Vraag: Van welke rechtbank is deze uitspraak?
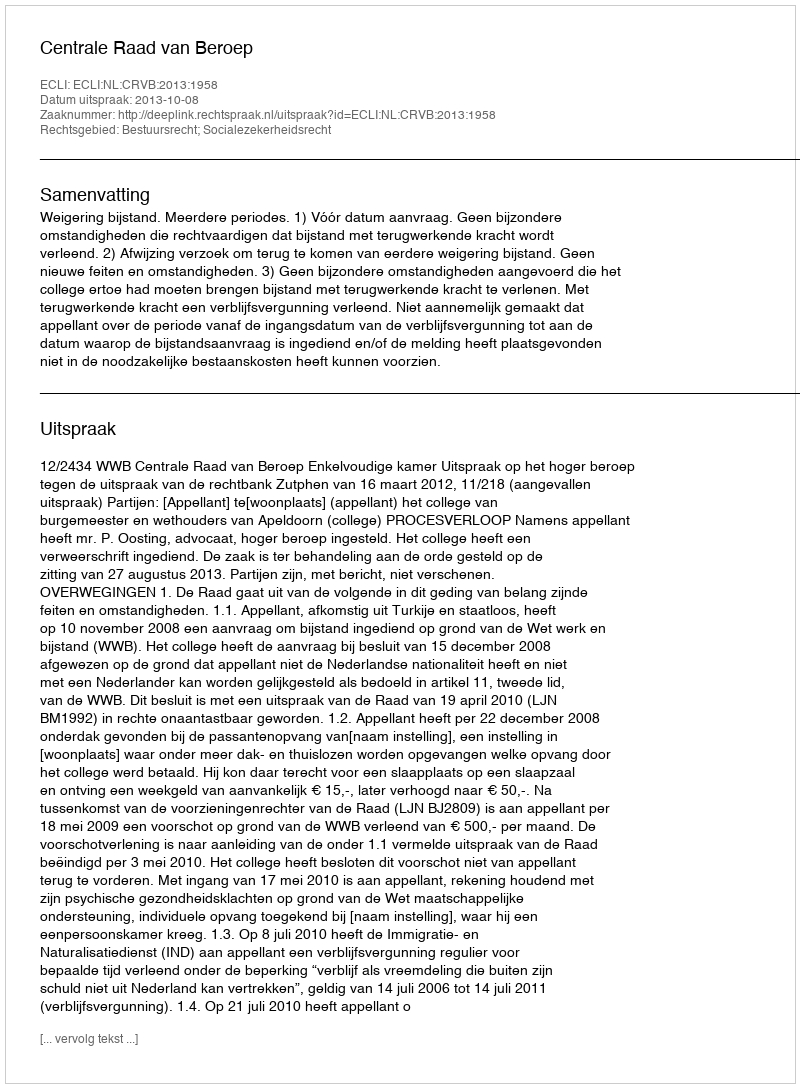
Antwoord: Centrale Raad van Beroep